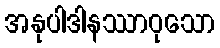
အနုပါဒါနဿာဝုသော